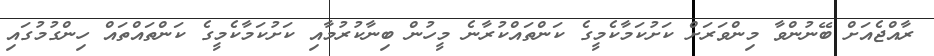
ރާއްޖެއަށް ބޭނުންވާ މިންވަރަށް ކަށުކަމާކެމީގެ ކަންތައްކުރާނެ މީހުން ބިނާކުރުމާއި ކަށުކަމާކެމީގެ ކަންތައްތައް ހިންގުމުގައި